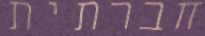
חברתית